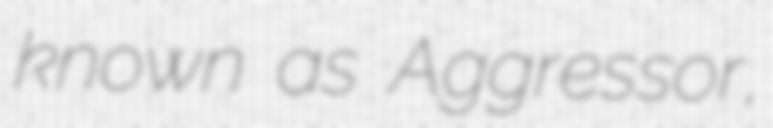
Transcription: known as Aggressor,